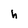
Character: h